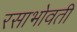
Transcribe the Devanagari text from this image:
रसाभोवती